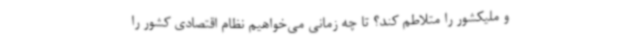
و ملیکشور را متلاطم کند؟ تا چه زمانی می‌خواهیم نظام اقتصادی کشور را